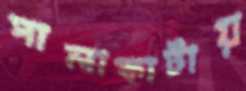
পালাকাটায়